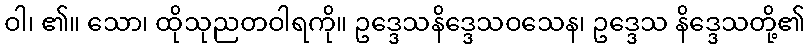
ဝါ၊ ၏။ သော၊ ထိုသုညတဝါရကို။ ဥဒ္ဒေသနိဒ္ဒေသဝသေန၊ ဥဒ္ဒေသ နိဒ္ဒေသတို့၏